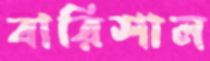
বারিশাল